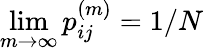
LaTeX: \operatorname*{lim}_{m\to\infty}p_{ij}^{(m)}=1/N